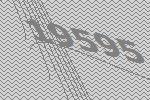
19595